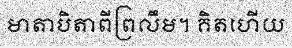
មាតាបិតាពីព្រលឹម។ គិតហើយ